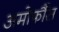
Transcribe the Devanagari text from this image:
अमोर्फौस